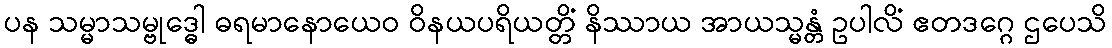
ပန သမ္မာသမ္ဗုဒ္ဓေါ ဓရမာနောယေဝ ဝိနယပရိယတ္တိံ နိဿာယ အာယသ္မန္တံ ဥပါလိံ ဧတဒဂ္ဂေ ဌပေသိ